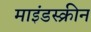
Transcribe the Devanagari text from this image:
माइंडस्क्रीन